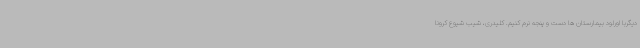
دیگربا اورلود بیمارستان ها دست و پنجه نرم کنیم. کلیدری، شیب شیوع کرونا